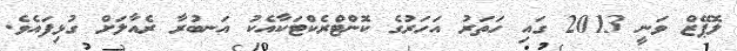
ލޮޕޭޒް ވަނީ 2013 ގައި ހަތަރު އަހަރުގެ ކޮންޓްރެކްޓަކާއެކު އަނބުރާ ރެއާލަށް ގުޅިފައެވެ.